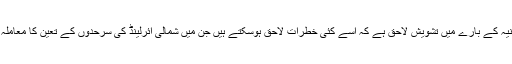
آنے والے وقتوں میں بریگزٹ یعنی برطانیہ کے یورپی اتحاد سے کنارہ کشی کے بعد برطانیہ کے بارے میں تشویش لاحق ہے کہ اسے کئی خطرات لاحق ہوسکتے ہیں جن میں شمالی آئرلینڈ کی سرحدوں کے تعین کا معاملہ، اسکاٹ لینڈ کے برطانیہ سے جڑے رہنے، جزیرہ جبرالٹر پر حق ملکیت کا فتنہ شامل ہیں۔